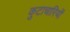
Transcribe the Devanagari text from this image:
कुटाचारियों